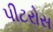
પીટરોસ